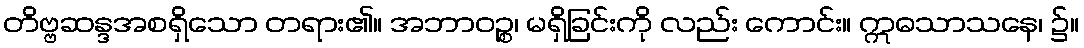
တိဗ္ဗဆန္ဒအစရှိသော တရား၏။ အဘာဝဉ္စ၊ မရှိခြင်းကို လည်း ကောင်း။ ဣဓသာသနေ၊ ၌။